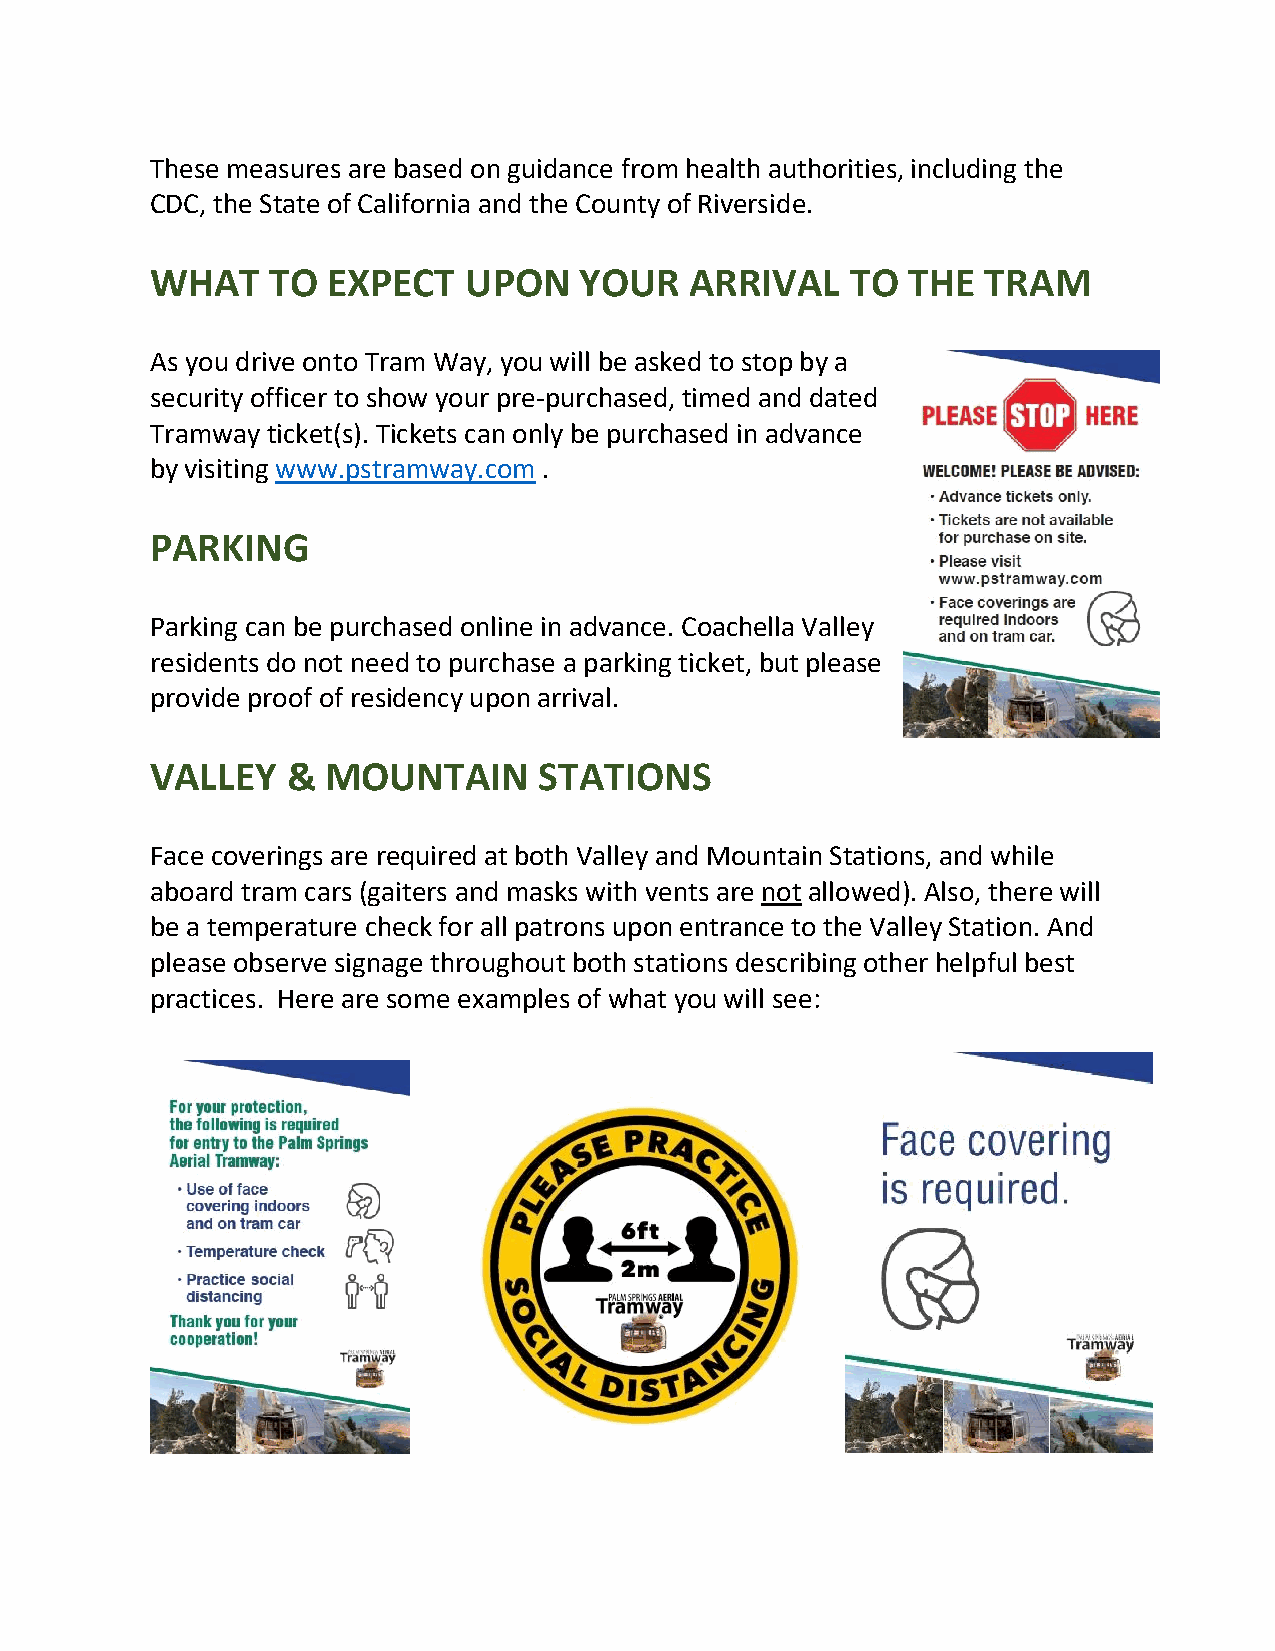
These measures are based on guidance from health authorities, including the
 CDC, the State of California and the County of Riverside.
 WHAT    TO  EXPECT   UPON   YOUR    ARRIVAL   TO  THE  TRAM
 As you drive onto Tram Way, you will be asked to stop by a
 security officer to show your pre-purchased, timed and dated
 Tramway ticket(s). Tickets can only be purchased in advance
 by visiting www.pstramway.com .
 PARKING
 Parking can be purchased online in advance. Coachella Valley
 residents do not need to purchase a parking ticket, but please
 provide proof of residency upon arrival.
 VALLEY   &  MOUNTAIN      STATIONS
 Face coverings are required at both Valley and Mountain Stations, and while
 aboard tram cars (gaiters and masks with vents are not allowed). Also, there will
 be a temperature check for all patrons upon entrance to the Valley Station. And
 please observe signage throughout both stations describing other helpful best
 practices. Here are some examples of what you will see: